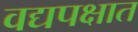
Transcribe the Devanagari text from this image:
वद्यपक्षात